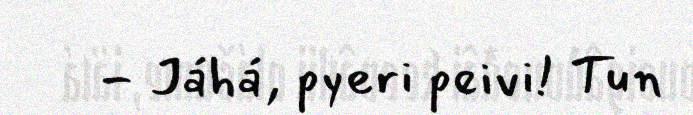
- Jáhá, pyeri peivi! Tun